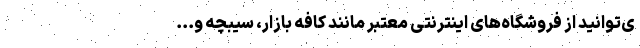
ی‌توانید از فروشگاه‌های اینترنتی معتبر مانند کافه بازار، سیبچه و...